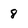
Character: 8